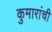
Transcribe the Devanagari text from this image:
कुमारांची